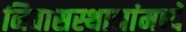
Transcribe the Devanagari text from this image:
निवासस्थानांमध्ये